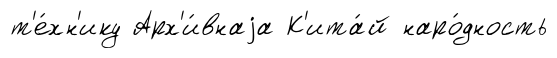
т'е́хн'ику Арх'и́внаjа К'ита́й наро́дность